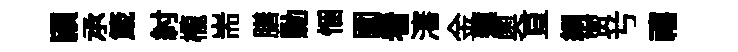
頴𠄘箴紂櫳耑膳勦悃圎看瀋金蓮奥亘綱贾𠔃禧